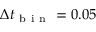
\Delta t _ { \mathrm { ~ b ~ i ~ n ~ } } = 0 . 0 5